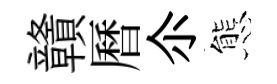
贛曆尒態